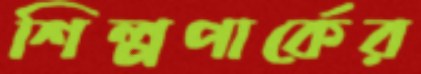
শিল্পপার্কের